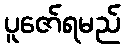
ပူဇော်ရမည်